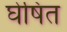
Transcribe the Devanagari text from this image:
घेषित